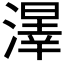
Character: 𱨲